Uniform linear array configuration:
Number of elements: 24
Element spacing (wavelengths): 1
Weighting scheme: cosine
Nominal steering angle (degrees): -60
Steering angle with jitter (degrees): -59.55
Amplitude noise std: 0.05
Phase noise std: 0.05

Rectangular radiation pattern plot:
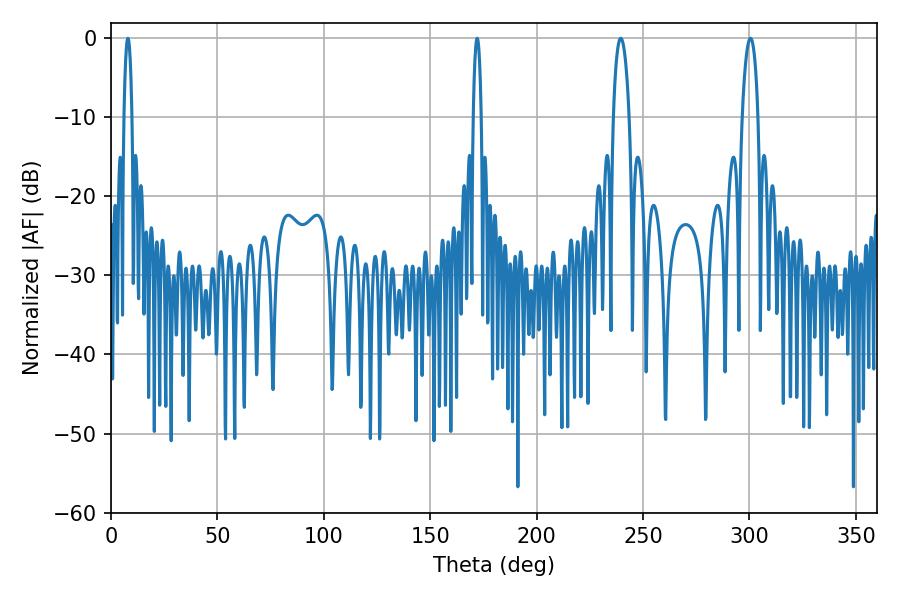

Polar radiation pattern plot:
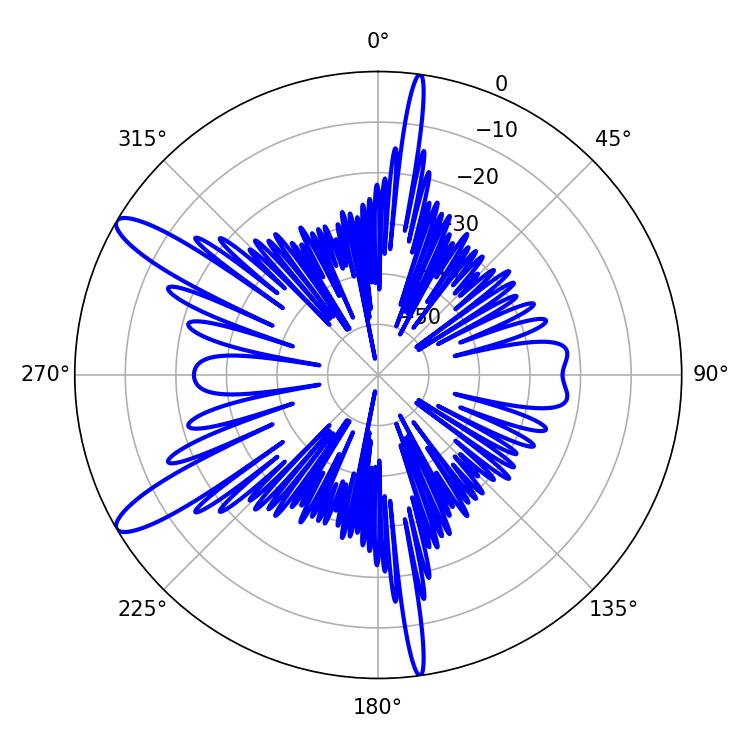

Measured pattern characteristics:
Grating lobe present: TRUE
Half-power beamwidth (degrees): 2.16
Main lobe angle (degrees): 7.92